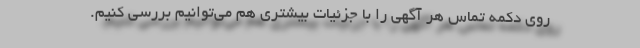
روی دکمه تماس هر آگهی را با جزئیات بیشتری هم می‌توانیم بررسی کنیم.